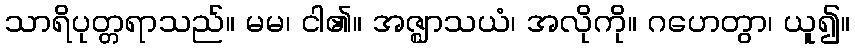
သာရိပုတ္တရာသည်။ မမ၊ ငါ၏။ အဇ္ဈာသယံ၊ အလိုကို။ ဂဟေတွာ၊ ယူ၍။